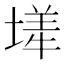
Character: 㙚